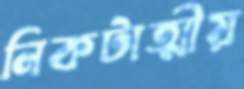
নিকটাত্মীয়